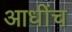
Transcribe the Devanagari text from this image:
आधींच